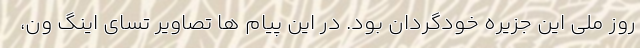
روز ملی این جزیره خودگردان بود. در این پیام ها تصاویر تسای اینگ ون،